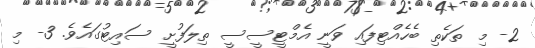
2- މި ތަކެތި ބެހެއްޓިފައި ވަނީ އެމްޓީސީސީ ތިލަފުށީ ސައިޓުގައެވެ. 3- މި